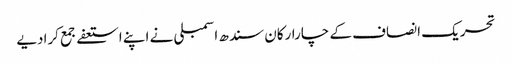
تحریک انصاف کے چارارکان سندھ اسمبلی نے اپنے استعفےجمع کرادیے